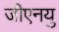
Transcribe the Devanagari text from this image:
जीएनयु